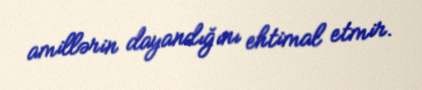
amillərin dayandığını ehtimal etmir.